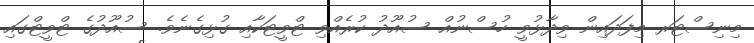
މިނިސްޓަރ މިފަދައިން ވިދާޅުވީ ހުސްނުއް ސުއޫދު ކުރެއްވި ޓްވީޓަކާއި ގުޅިގެނެވެ. ސުއޫދުގެ ޓްވީޓްގައި